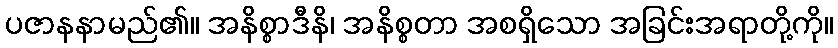
ပဇာနနာမည်၏။ အနိစ္စာဒီနိ၊ အနိစ္စတာ အစရှိသော အခြင်းအရာတို့ကို။